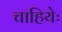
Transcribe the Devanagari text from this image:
चाहियेः